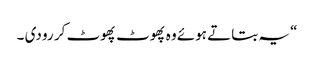
“ یہ بتاتے ہوئے وہ پھوٹ پھوٹ کر رو دی ۔